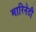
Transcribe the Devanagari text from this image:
मारिनेटी